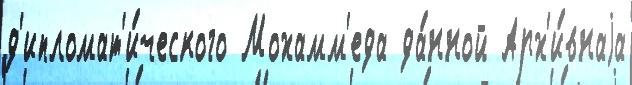
д'ипломат'и́ческого Мохамм'еда да́нной Арх'и́внаjа